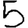
Digit: 5